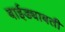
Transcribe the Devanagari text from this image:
बाईड्याबती